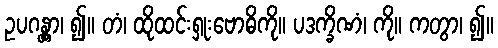
ဥပဂန္တွာ၊ ၍။ တံ၊ ထိုထင်းရှုးဗောဓိကို။ ပဒက္ခိဏံ၊ ကို။ ကတွာ၊ ၍။